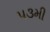
૫૩મી